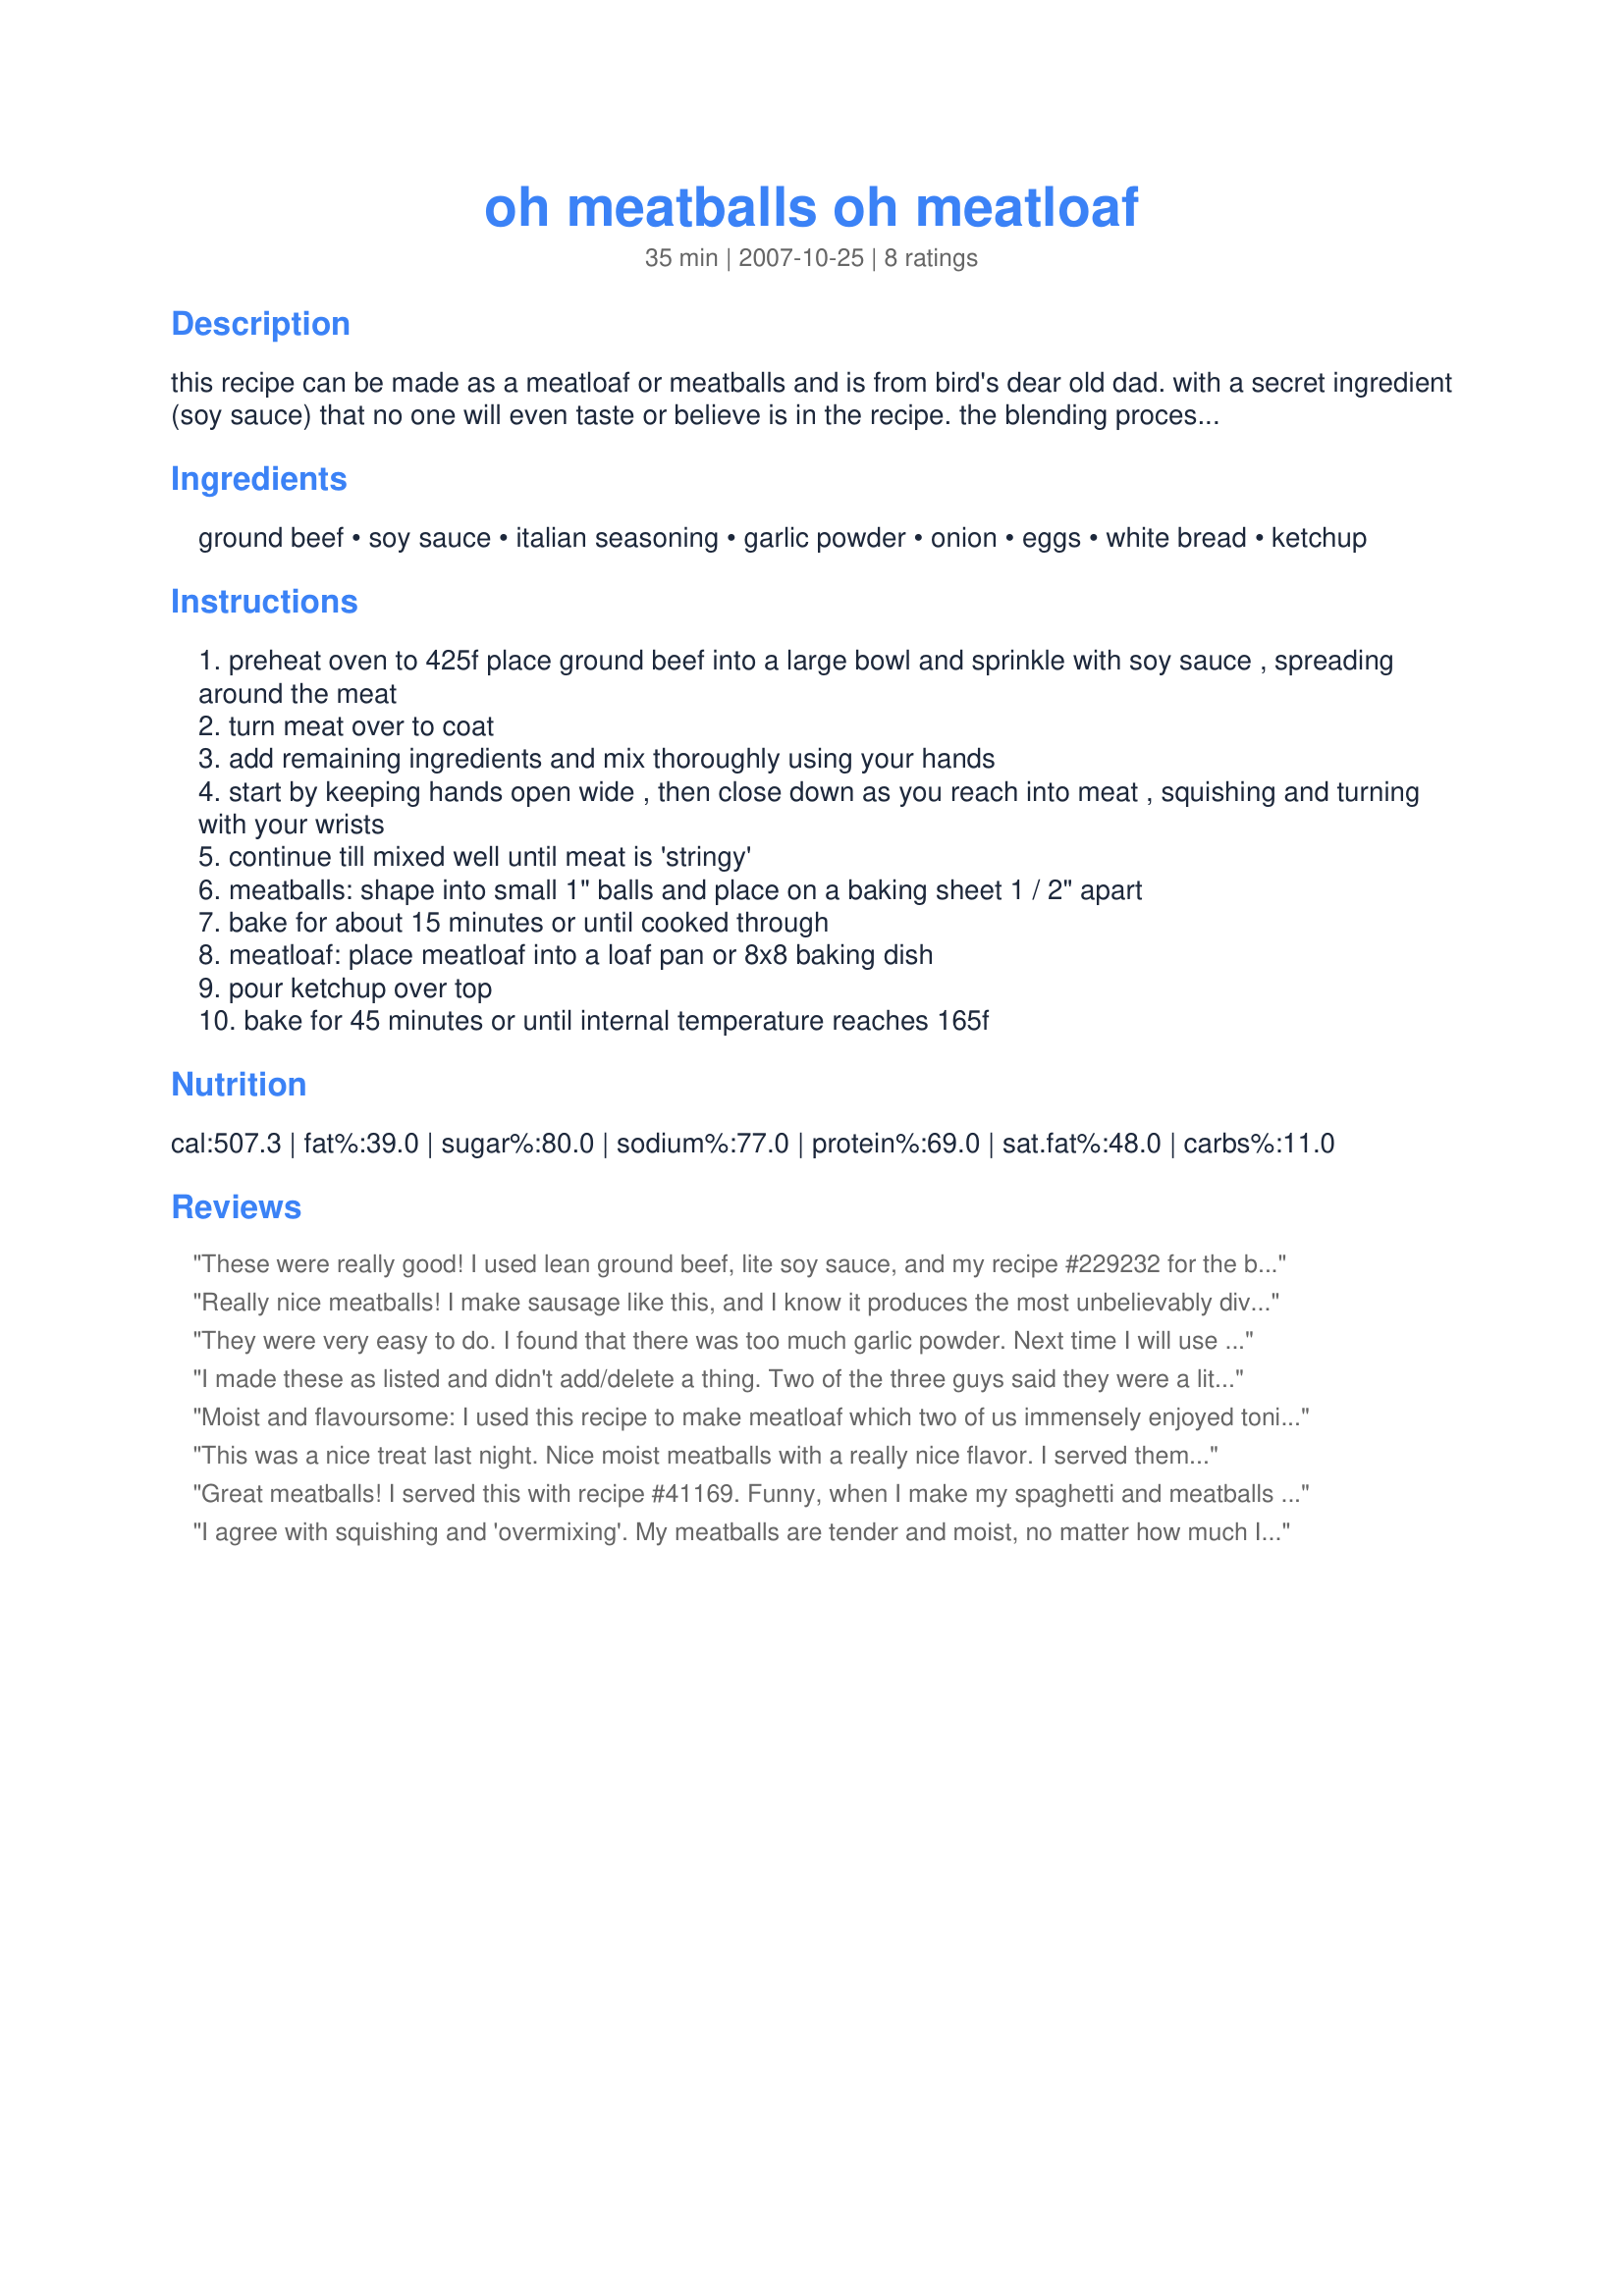
oh meatballs oh meatloaf
Preparation time: 35 minutes

this recipe can be made as a meatloaf or meatballs and is from bird's dear old dad. with a secret ingredient (soy sauce) that no one will even taste or believe is in the recipe. the blending process is against traditional methods of lightly mixing the meat but what do experts know?, they said eggs were bad for us at one time, lol. my dad's method makes this the most tender, moist and delicious meatballs or meatloaf you will ever eat. the ketchup topping is simple, and the oven thickens it and makes a tangy sauce that there is never enough of as everyone is always wanting extra. the meatballs freeze well for leftovers or oamc. you can just pull out any number of frozen meatballs for use in later dishes such as with a bechamel sauce for an easy swedish meatball appetizer, or for spaghetti, or meatball parmesan hoagies, or...

Ingredients:
ground beef, soy sauce, italian seasoning, garlic powder, onion, eggs, white bread, ketchup

Steps:
preheat oven to 425f place ground beef into a large bowl and sprinkle with soy sauce , spreading around the meat
turn meat over to coat
add remaining ingredients and mix thoroughly using your hands
start by keeping hands open wide , then close down as you reach into meat , squishing and turning with your wrists
continue till mixed well until meat is 'stringy'
meatballs: shape into small 1" balls and place on a baking sheet 1 / 2" apart
bake for about 15 minutes or until cooked through
meatloaf: place meatloaf into a loaf pan or 8x8 baking dish
pour ketchup over top
bake for 45 minutes or until internal temperature reaches 165f

Reviews:
These were really good! I used lean ground beef, lite soy sauce, and my recipe #229232 for the bread. As soon as they came out of the oven, I popped one in my mouth. Yum! I'm using these for recipe #254560 for dinner, but will definitely have to try in other dishes. :) Thanks, 2Bleu!
Really nice meatballs! I make sausage like this, and I know it produces the most unbelievably divine meatballs. I didn't have onion powder, so I used a bit of grated onion, (1 teaspoon) instead. The soy sauce was terrific, it gives the meatball a nice, "Yum.....!" taste that goes well with almost anything. I used it with some buttered egg noodles, mixed with a bit of sour cream, but you could easily pop these right in your mouth. Thanks muchly, 2Blue for posting this very nice recipe!
They were very easy to do. I found that there was too much garlic powder. Next time I will use 2 tsp onion powder and only 1 of garlic powder. They are really moist. With the leftovers I'll try them with spaghetti sauce. Thanks 2Bleu :) Made for Zaar Star Game
I made these as listed and didn't add/delete a thing. Two of the three guys said they were a little bland. I was going to put them in spaghetti sauce over noodles, but they were eating them as fast as I took them out of the oven. Next time, I'll make as spaghetti or even add a sweet/sour sauce over all and put in the crockpot. Thanks for the quick and easy recipe~
Moist and flavoursome: I used this recipe to make meatloaf which two of us immensely enjoyed tonight, and the rest has been put in the freezer. I added 3 cloves of minced garlic (instead of the garlic powder) to the onion, also minced rather than chopped, and also added two minced baby carrots (all minced in my mini processor). I always add a bit of carrot to meatloaves as somewhere along the line I've taken on board the advice from some Italian mama - or probably more accurately hundreds of thousands of Italian mamas - that it's that little bit of carrot that is, as it were, the secret ingredient in excellent meatloves, meatballs and tomato-based meat sauces! Or ONE of the secret ingredients, as I agree the soy sauce is another secret ingredient, one I've used in my Pork, Mushroom and Soy Sauce Meatballs Recipe #120300! Loved the blend of flavours. I omitted the ketchup - just don't much like the taste - so covered the meatloaf loosely in foil until 10 minutes before the end of the cooking time. Thanks for sharing this great recipe!
This was a nice treat last night. Nice moist meatballs with a really nice flavor. I served them with mashed potatoes and gravy. I halved the recipe which worked fine and ended up with about 20 meatballs, half of which DH ate before the potatoes were ready, lol. I would spray the baking sheet with a little Pam or something, our meatballs stuck on a little bit.
Great meatballs! I served this with recipe #41169. Funny, when I make my spaghetti and meatballs (adapted from my grandma's recipe), I always use Grandma's "secret", which is to mix the meat really well with your hands - despite the common advice against over-mixing. They just don't come out the same unless you mix them really well. I made this recipe as stated except I substituted an envelope of unflavored gelatin with a little warm water for the egg because my son is allergic. They came out nice and tender and you couldn't tell there was soy sauce in them. Yummy!
I agree with squishing and 'overmixing'. My meatballs are tender and moist, no matter how much I squish.
